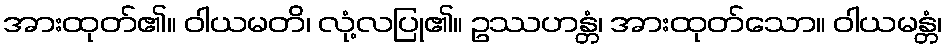
အားထုတ်၏။ ဝါယမတိ၊ လုံ့လပြု၏။ ဥဿဟန္တံ၊ အားထုတ်သော။ ဝါယမန္တံ၊